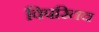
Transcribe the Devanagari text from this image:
विपरितच